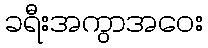
ခရီးအကွာအဝေး